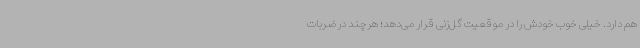
هم دارد. خیلی خوب خودش را در موقعیت گل‌زنی قرار می‌دهد؛ هرچند در ضربات